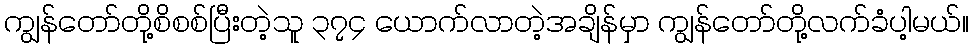
ကျွန်တော်တို့စိစစ်ပြီးတဲ့သူ ၃၇၄ ယောက်လာတဲ့အချိန်မှာ ကျွန်တော်တို့လက်ခံပါ့မယ်။